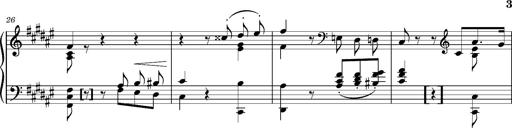
Title: Cavatine de Robert le Diable
Composer: Franz Liszt
Key: F-sharp minor